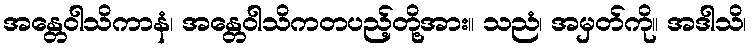
အန္တေဝါသိကာနံ၊ အန္တေဝါသိကတပည့်တို့အား။ သညံ၊ အမှတ်ကို။ အဒါသိ၊